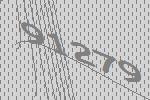
91279